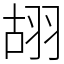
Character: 䎁